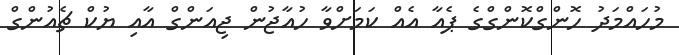
މުހައްމަދު ހޮންގްކޮންގްގެ ޕެއާ އެއް ކަމަށްވާ ހުއާޖުން ޖިއަންގް އާއި ޔުކް ޗެއުންގް